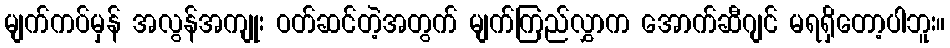
မျက်ကပ်မှန် အလွန်အကျုး ဝတ်ဆင်တဲ့အတွက် မျက်ကြည်လွှာက အောက်ဆီဂျင် မရရှိတော့ပါဘူး။